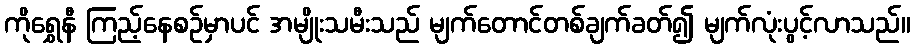
ကိုရွှေနီ ကြည့်နေစဉ်မှာပင် အမျိုးသမီးသည် မျက်တောင်တစ်ချက်ခတ်၍ မျက်လုံးပွင့်လာသည်။